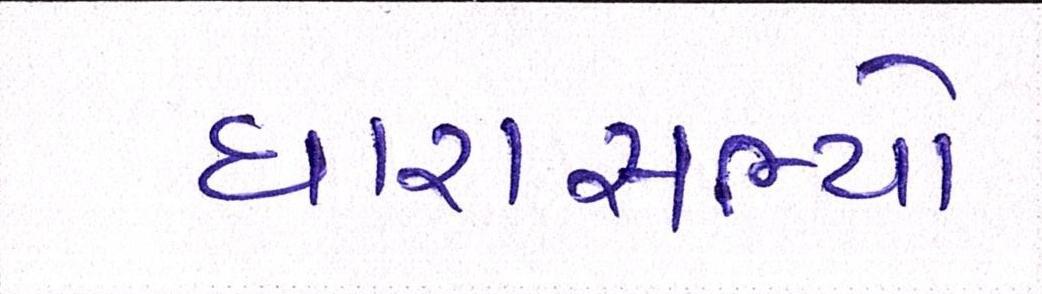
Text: ધારાસભ્યો